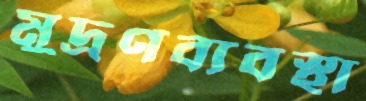
মুদ্রণব্যবস্থা